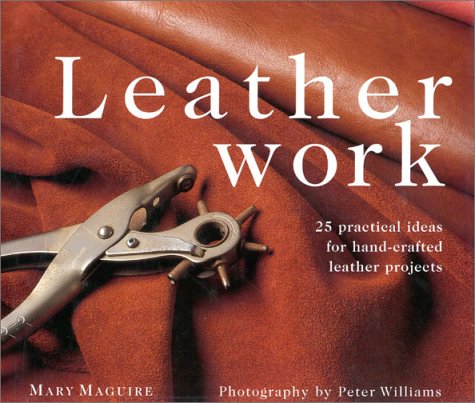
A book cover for Leatherwork: 25 Practical Ideas for Hand-Crafted Leather Projects (New Crafts); Mary Maguire; Crafts, Hobbies & Home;